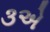
૩એ